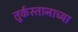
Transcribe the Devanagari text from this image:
तुर्कस्तानाच्या